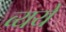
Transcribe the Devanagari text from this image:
व्यये